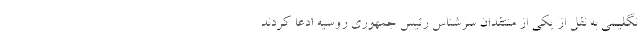
نگلیسی به نقل از یکی از منتقدان سرشناس رئیس جمهوری روسیه ادعا کردند